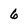
Character: 6